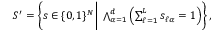
\begin{array} { r } { S ^ { \prime } = \left\{ s \in \{ 0 , 1 \} ^ { N } \, \bigg | \, \bigwedge _ { \alpha = 1 } ^ { d } \left( \sum _ { \ell = 1 } ^ { L } s _ { \ell \alpha } = 1 \right) \right\} , } \end{array}